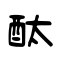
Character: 酞